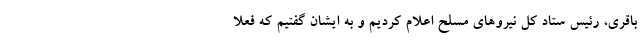
باقری، رئیس ستاد کل نیروهای مسلح اعلام کردیم و به ایشان گفتیم که فعلاً